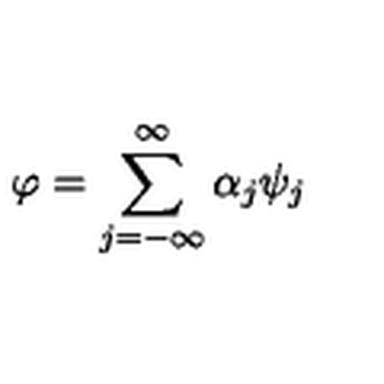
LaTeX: \varphi = \sum _ { j = - \infty } ^ { \infty } \alpha _ { j } \psi _ { j }